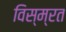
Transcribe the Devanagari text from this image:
विस्म्रत